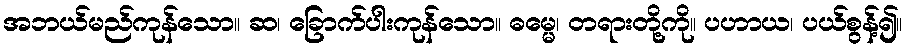
အဘယ်မည်ကုန်သော။ ဆ၊ ခြောက်ပါးကုန်သော။ ဓမ္မေ၊ တရားတို့ကို။ ပဟာယ၊ ပယ်စွန့်၍။